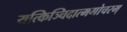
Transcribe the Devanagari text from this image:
यत्किञ्चिदात्मगोचरम्